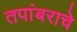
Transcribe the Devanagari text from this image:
तपांबराचे